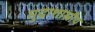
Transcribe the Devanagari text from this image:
मुद्राशास्रीय